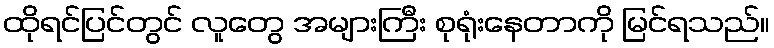
ထိုရင်ပြင်တွင် လူတွေ အများကြီး စုရုံးနေတာကို မြင်ရသည်။